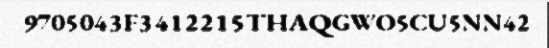
9705043F3412215THAQGWO5CU5NN42